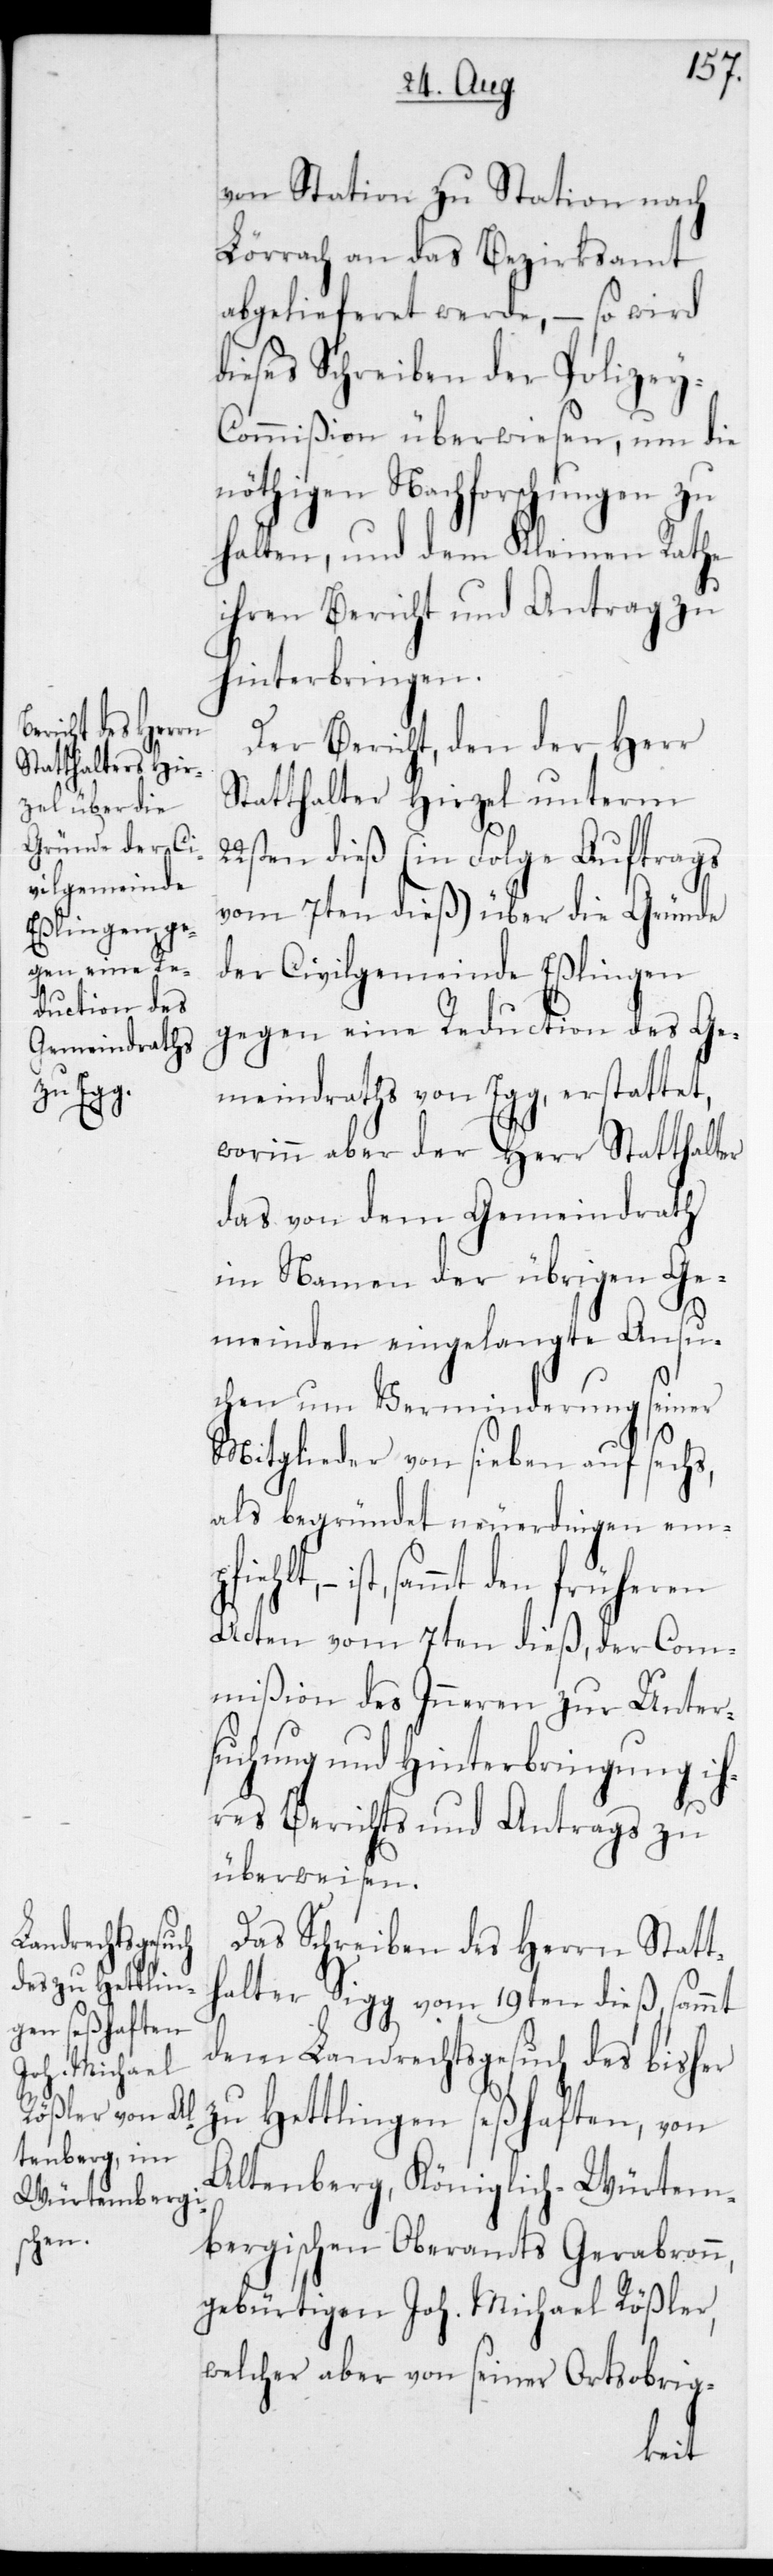
22s¬
von Station zu Station nach
Lörrach an das Bezirksammt
abgelieferet werde, – so wird
dieses Schreiben der Polizey-C¬
ommißion überwiesen, um die
nöthigen Nachforschungen zu
halten, und dem Kleinen Rathe
ihren Bericht und Antrag zu
hinterbringen.
Der Bericht, den der Herr
Statthalter Hirzel unterm
ten dieß (in Folge Auftrags
vom 7ten dieß) über die Gründe
der Civilgemeinde Eßlingen
gegen eine Reduction des Ge¬
meindraths von Egg, erstattet,
worinn aber der Herr Statthalter
das von dem Gemeindrath
im Namen der übrigen Ge¬
meinden eingelangte Ansu¬
chen um Verminderung seiner
Mitglieder von sieben auf sechs,
als begründet neuerdingen emp¬
ist, sammt den früheren
Acten vom 7ten dieß, der Com¬
mißion des Inneren zur Unter¬
suchung und Hinterbringung ih¬
res Berichts und Antrags zu
überweisen.
Das Schreiben des Herrn Statt¬
halter Sigg vom 19ten dieß, sammt
dem Landrechtsgesuch des bisher
zu Hettlingen seßhaften, von
Altenberg, Königlich-Würtem¬
bergischen Oberamts Gerabronn,
gebürtigen Joh. Michael Rößler,
welcher aber von seiner Ortsobrig-
fiehlt,